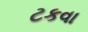
ટકવા